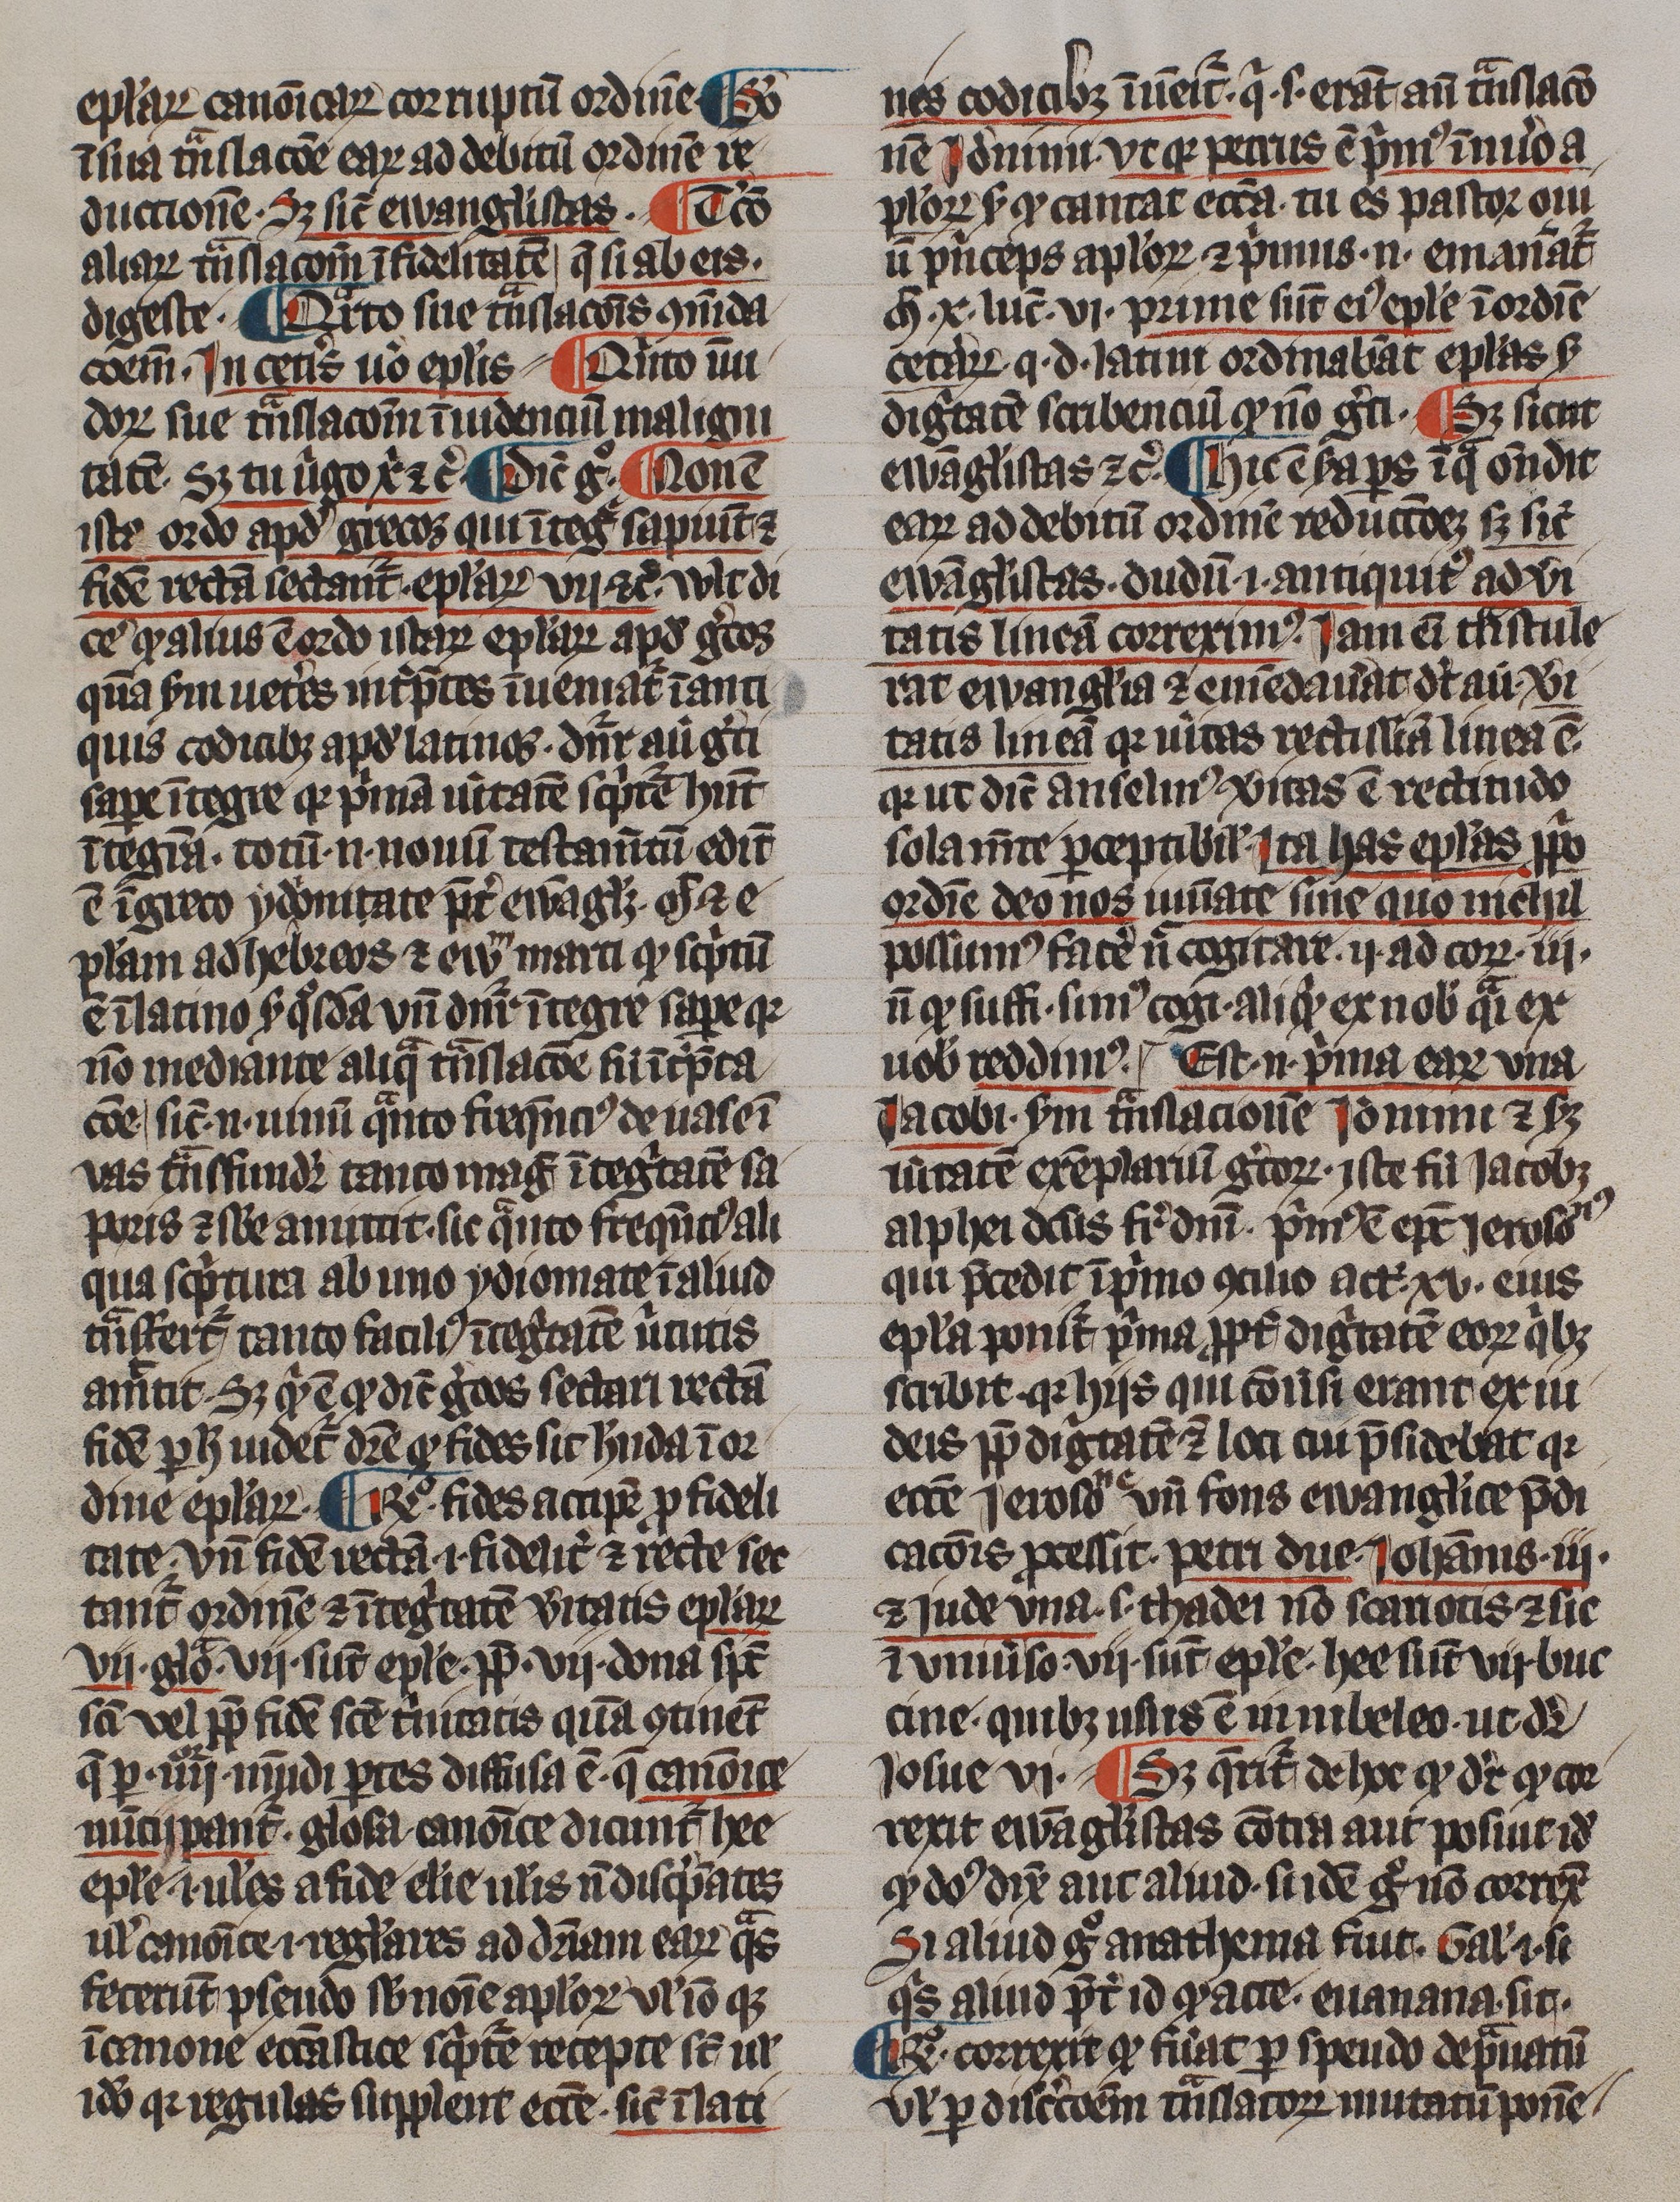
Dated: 1300–1399